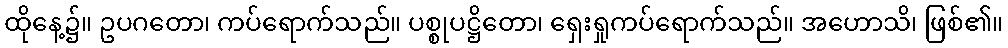
ထိုနေ့၌။ ဥပဂတော၊ ကပ်ရောက်သည်။ ပစ္စုပဋ္ဌိတော၊ ရှေးရှုကပ်ရောက်သည်။ အဟောသိ၊ ဖြစ်၏။